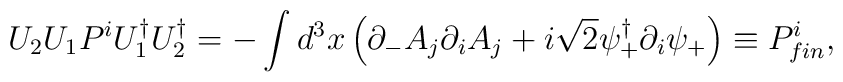
U_2 U_1 P^i U_1^\dagger U_2^\dagger =- \int d^3 x \left( \partial_- A_j \partial_i A_j+i\sqrt{2} \psi^\dagger_+ \partial_i \psi_+ \right) \equiv P^i_{{fin}} ,